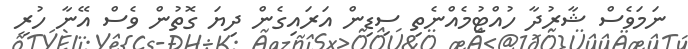
ނަމަވެސް ޝާރުދާ ހުއްޓުމެއްނެތި ސިޑިން އަރައިގެން ދިޔަ ގޮތުން ވެސް އޭނާ ހުރީ